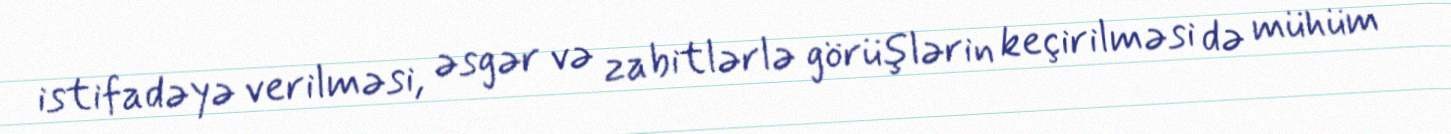
istifadəyə verilməsi, əsgər və zabitlərlə görüşlərin keçirilməsi də mühüm